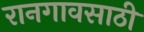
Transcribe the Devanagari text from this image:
रानगावसाठी